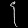
Digit: ၄